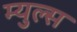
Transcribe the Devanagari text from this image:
म्युल्स